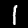
Digit: 1